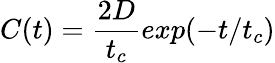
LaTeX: C(t)=\frac{2D}{t_{c}}exp(-t/t_{c})